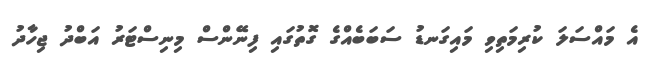
އެ މައްސަލަ ކުރިމަތިވި މައިގަނޑު ސަބަބެއްގެ ގޮތުގައި ފިނޭންސް މިނިސްޓަރު އަބްދު ޖިހާދު